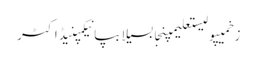
زخمیپولیستعلیمپنجابسیلابپانیکمپنیڈاکٹر